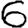
Digit: 6